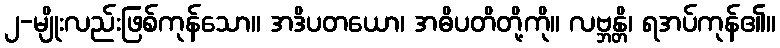
၂-မျိုးလည်းဖြစ်ကုန်သော။ အဒိပတယော၊ အဓိပတိတို့ကို။ လဗ္ဘန္တိ၊ ရအပ်ကုန်၏။